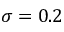
\sigma = 0 . 2